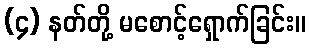
(၄) နတ်တို့ မစောင့်ရှောက်ခြင်း။